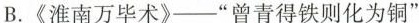
B.《淮南万毕术》——”曾青得铁则化为铜”